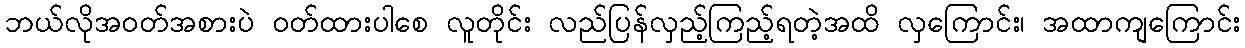
ဘယ်လိုအဝတ်အစားပဲ ဝတ်ထားပါစေ လူတိုင်း လည်ပြန်လှည့်ကြည့်ရတဲ့အထိ လှကြောင်း၊ အထာကျကြောင်း